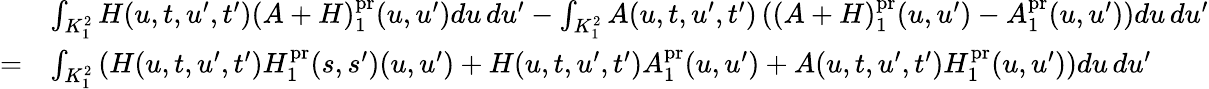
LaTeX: \begin{array}{rl}&{\int_{K_{1}^{2}}H(u,t,u^{\prime},t^{\prime})(A+H)_{1}^{\mathrm{pr}}(u,u^{\prime})du\, du^{\prime}-\int_{K_{1}^{2}}A(u,t,u^{\prime},t^{\prime})\left((A+H)_{1}^{\mathrm{pr}}(u,u^{\prime})-A_{1}^{\mathrm{pr}}(u,u^{\prime})\right)du\, du^{\prime}}\\ {=}&{\int_{K_{1}^{2}}\left(H(u,t,u^{\prime},t^{\prime})H_{1}^{\mathrm{pr}}(s,s^{\prime})(u,u^{\prime})+H(u,t,u^{\prime},t^{\prime})A_{1}^{\mathrm{pr}}(u,u^{\prime})+A(u,t,u^{\prime},t^{\prime})H_{1}^{\mathrm{pr}}(u,u^{\prime})\right)du\, du^{\prime}}\end{array}